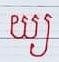
យ្យ